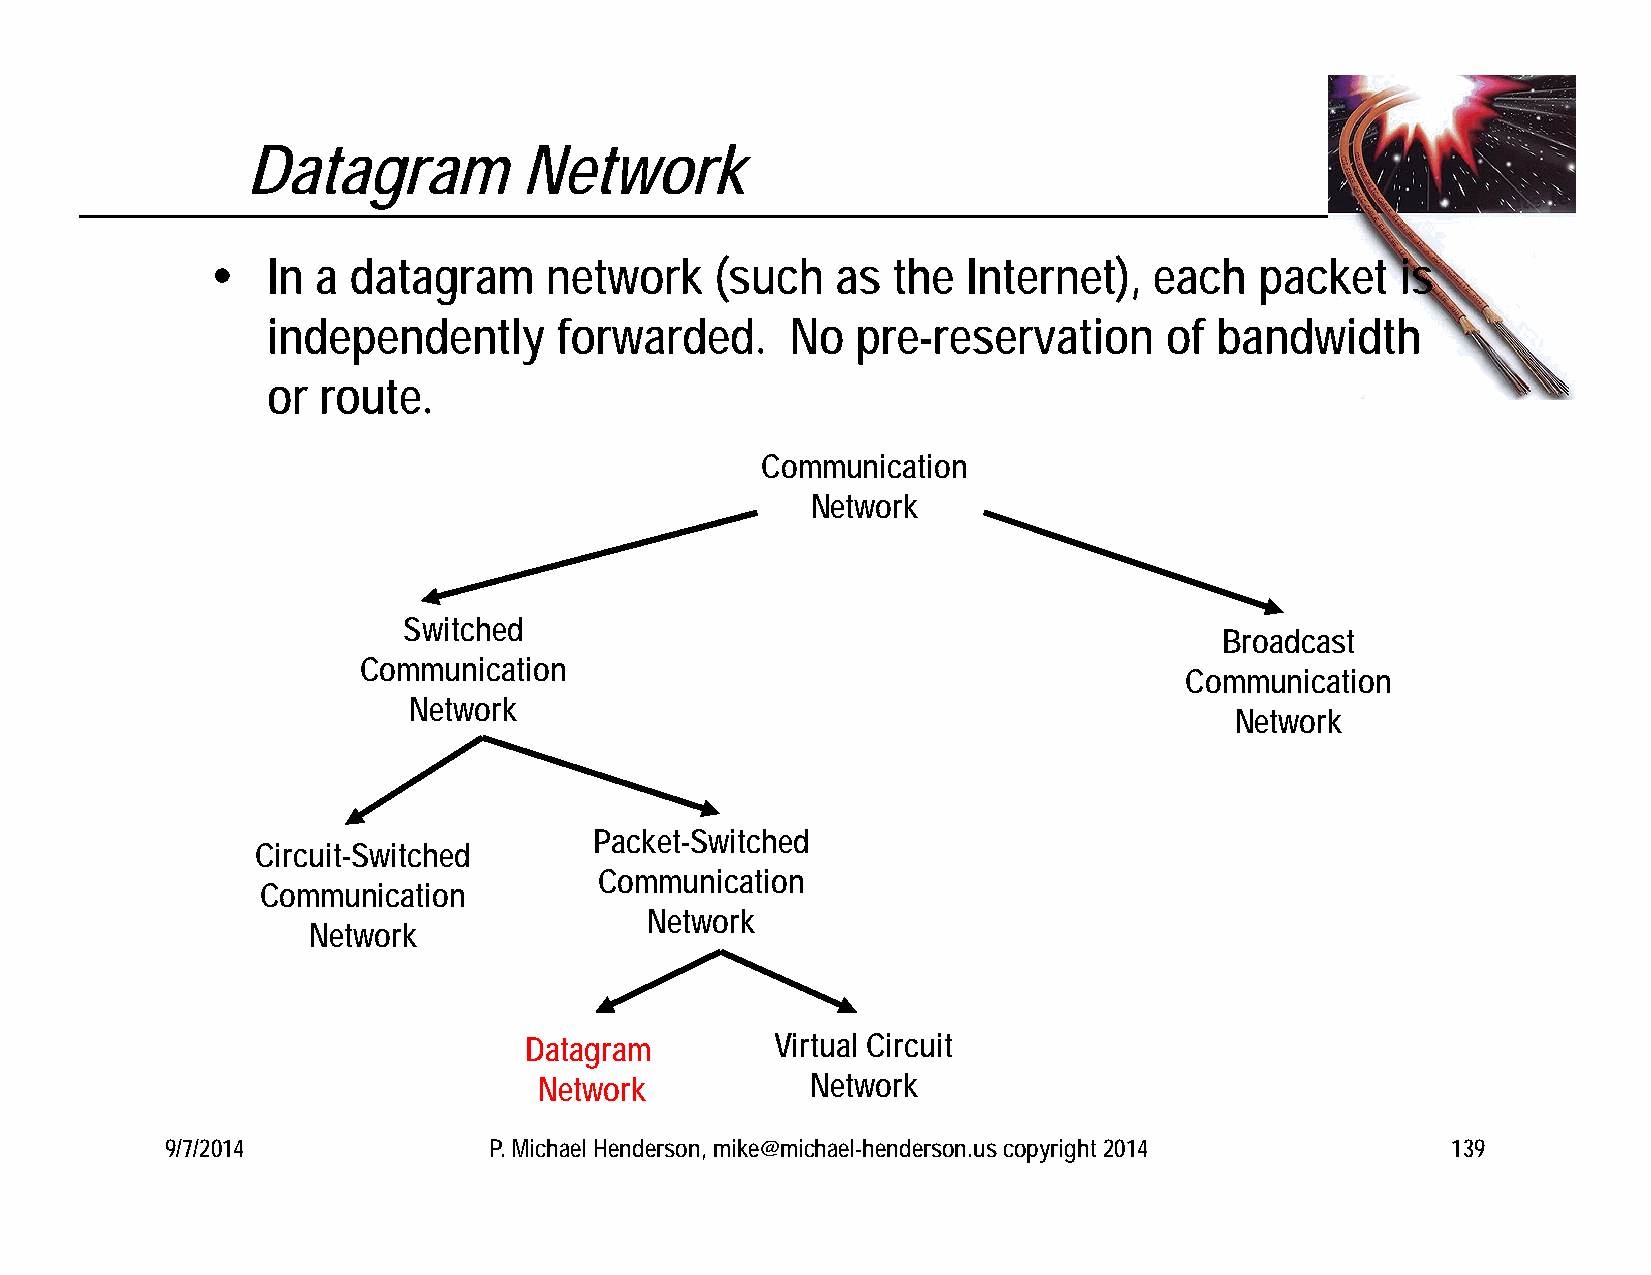
Datagram           Network
    In a datagram     network    (such   as  the  Internet),  each   packet    is
 independently      forwarded.     No   pre-reservation     of bandwidth
 or route.
 Communication
 Network
 Switched
 Broadcast
 Communication
 Communication
 Network
 Network
 Packet-Switched
 Circuit-Switched
 Communication
 Communication
 Network
 Network
 Datagram        Virtual Circuit
 Network           Network
 9/7/2014             P. Michael Henderson, mike@michael-henderson.us copyright 2014  139